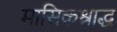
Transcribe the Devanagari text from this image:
मासिकश्राद्ध